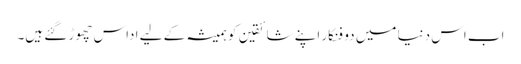
اب اس دنیا میں دو فنکار اپنے شائقین کو ہمیشہ کے لیے اداس چھوڑ گئے ہیں۔